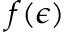
f ( \epsilon )